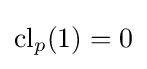
\mathrm {cl} _{p}(1)=0